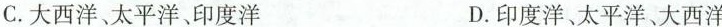
C.大西洋、太平洋、印度洋 D.印度洋、太平洋、大西洋